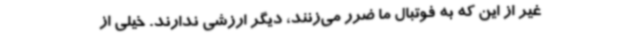
غیر از این که به فوتبال ما ضرر می‌زنند، دیگر ارزشی ندارند. خیلی از